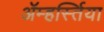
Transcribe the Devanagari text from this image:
ॲम्हर्स्तिया